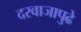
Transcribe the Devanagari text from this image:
दरवाजापुढे